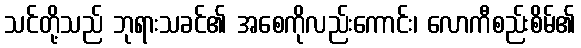
သင်တို့သည် ဘုရားသခင်၏ အစေကိုလည်းကောင်း၊ လောကီစည်းစိမ်၏